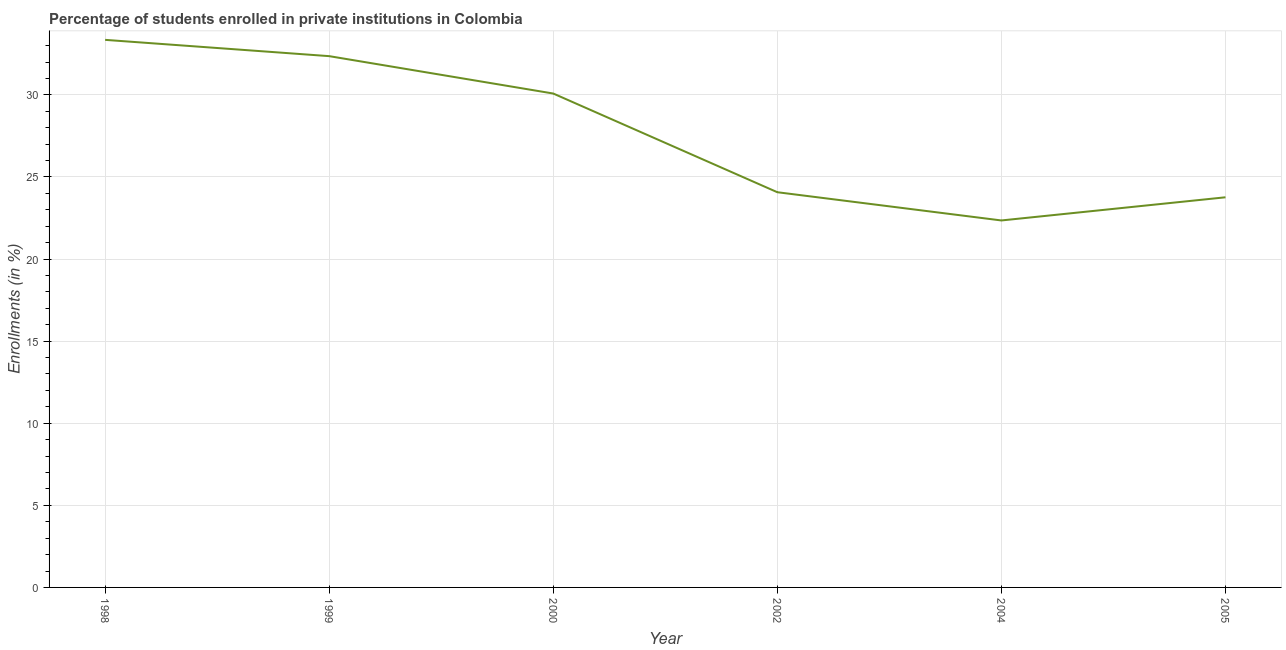
| Year | Enrollments |
 | --- | --- |
 | 1998 | 33.4 |
 | 1999 | 32.4 |
 | 2000 | 30.1 |
 | 2002 | 24.1 |
 | 2004 | 22.4 |
 | 2005 | 23.8 |